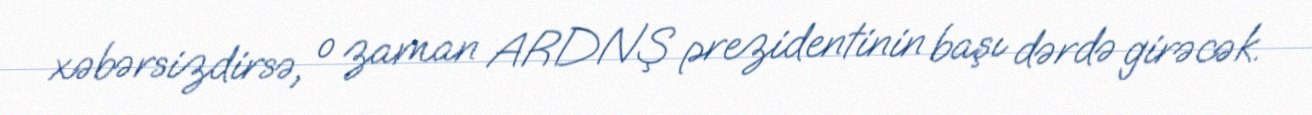
xəbərsizdirsə, o zaman ARDNŞ prezidentinin başı dərdə girəcək.